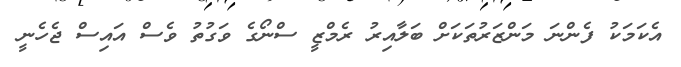
އެކަމަކު ފެންނަ މަންޒަރުތަކަށް ބަލާއިރު ރެމްޒީ ސްނޯގެ ވަގުތު ވެސް އައިސް ޖެހެނީ